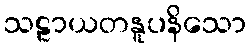
သဠာယတနူပနိသော